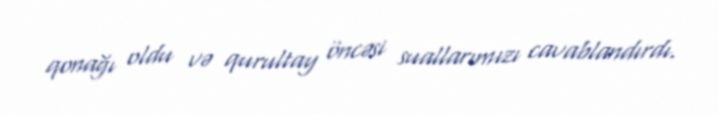
qonağı oldu və qurultay öncəsi suallarımızı cavablandırdı.